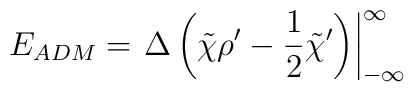
E_{ADM}=\left.{\Delta}\left(\tilde{\chi}{\rho}^{\prime}        -{\frac 1 2}{\tilde{\chi}}        ^{\prime}\right)\right|^{\infty}_{-\infty}